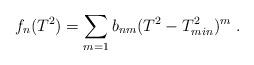
LaTeX: \begin{align*}f_n(T^2)=\sum_{m=1}b_{nm}(T^2-T_{min}^2)^m \ .\end{align*}